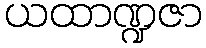
ယထာဏ္ဍဇာ